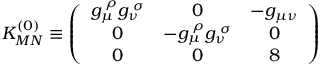
K _ { M N } ^ { ( 0 ) } \equiv \left( \begin{array} { c c c } { { g _ { \mu } ^ { \; \rho } g _ { \nu } ^ { \; \sigma } } } & { { 0 } } & { { - g _ { \mu \nu } } } \\ { { 0 } } & { { - g _ { \mu } ^ { \; \rho } g _ { \nu } ^ { \; \sigma } } } & { { 0 } } \\ { { 0 } } & { { 0 } } & { { 8 } } \end{array} \right)